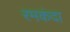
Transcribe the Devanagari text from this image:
रमकंदा